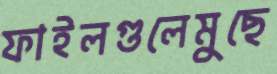
ফাইলগুলেমুছে